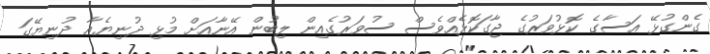
ގެންގުޅޭ އަސާގެ ކޮޅުވަރުގެ ޖާގަކޮޅެއްވެސް ސުވަރުގެއިން ލިބުން އޭނާއަށް މުޅި ދުނިޔެއާ ދުނިޔޭގަ